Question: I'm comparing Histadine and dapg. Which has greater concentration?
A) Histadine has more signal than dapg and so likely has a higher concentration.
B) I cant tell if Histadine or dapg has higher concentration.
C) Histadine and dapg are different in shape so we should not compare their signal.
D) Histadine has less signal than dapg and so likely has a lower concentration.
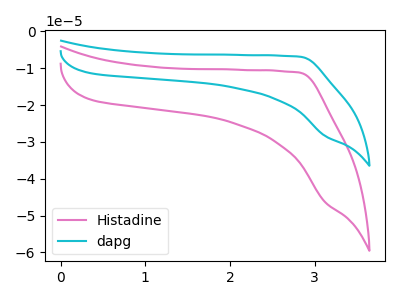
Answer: <think>The pink curve "Histadine" has no peaks. The cyan curve "dapg" has no peaks.
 Neither "Histadine" or "dapg" have any peaks.</think>
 <answer>B) I cant tell if "Histadine" or "dapg" has higher concentration.</answer>
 <eval>B</eval>